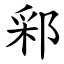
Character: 䣋